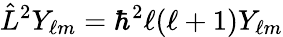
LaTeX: {\hat{L}}^{2}Y_{\ell m}=\hbar^{2}\ell(\ell+1)Y_{\ell m}